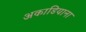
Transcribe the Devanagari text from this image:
अकाडियाना